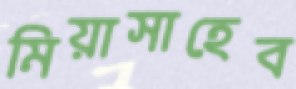
মিয়াসাহেব